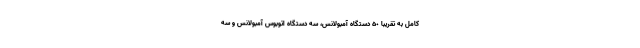
کامل به تقریبا ۵٠ دستگاه آمبولانس، سه دستگاه اتوبوس آمبولانس و سه